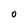
Character: 0